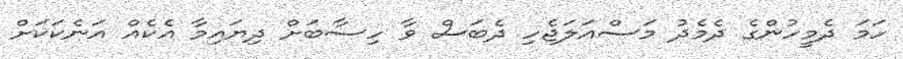
ހަމަ ދެމީހުންގެ ދެމެދު މަސްއަލަޖެހި ދެބަސް ވާ ހިސާބަށް ދިޔައިމާ އެކެއް އަނެކަކަށް